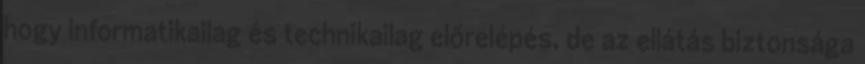
hogy informatikailag és technikailag előrelépés, de az ellátás biztonsága